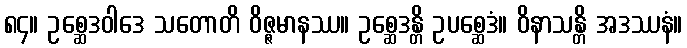
၈၄။ ဥစ္ဆေဒဝါဒေ သတောတိ ဝိဇ္ဇမာနဿ။ ဥစ္ဆေဒန္တိ ဥပစ္ဆေဒံ။ ဝိနာသန္တိ အဒဿနံ။